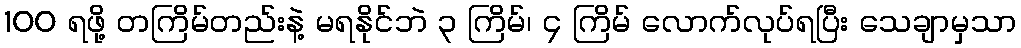
100 ရဖို့ တကြိမ်တည်းနဲ့ မရနိုင်ဘဲ ၃ ကြိမ်၊ ၄ ကြိမ် လောက်လုပ်ရပြီး သေချာမှသာ